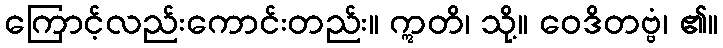
ကြောင့်လည်းကောင်းတည်း။ ဣတိ၊ သို့။ ဝေဒိတဗ္ဗံ၊ ၏။